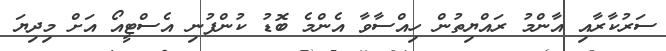
ސަރުކާރާއި އާންމު ރައްޔިތުން ހިއްސާވާ އެންމެ ބޮޑު ކުންފުނި އެސްޓީއޯ އަށް މިދިޔަ